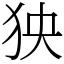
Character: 㹧